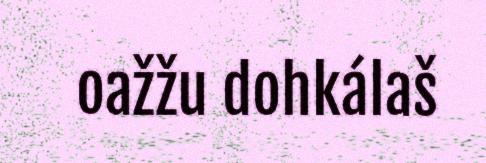
oažžu dohkálaš